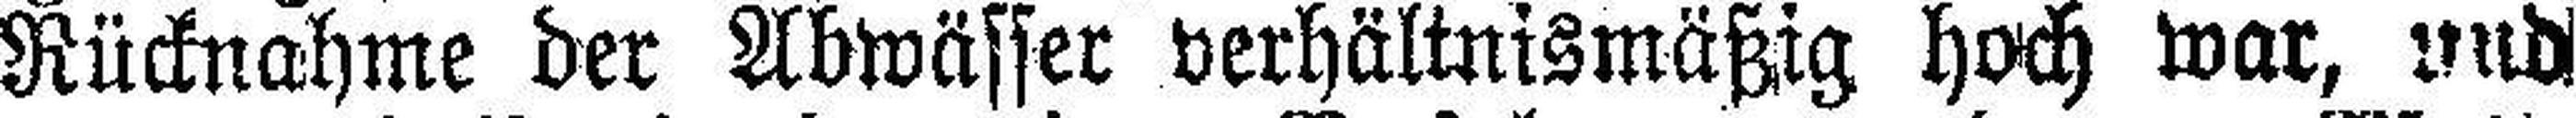
Rücknahme der Abwässer verhältnismäßig hoch war, und